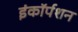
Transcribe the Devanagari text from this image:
इंकॉर्पशन